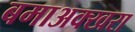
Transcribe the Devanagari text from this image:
बमाअक्खरा